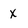
Character: x